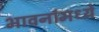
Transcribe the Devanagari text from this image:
भावनांमध्ये